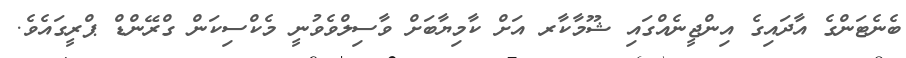
ބެނެޓަންގެ އާދައިގެ އިންޖީނެއްގައި ޝޫމާކާރ އަށް ކާމިޔާބަށް ވާސިލްވެވުނީ މެކްސިކަން ގްރޭންޑް ޕްރީގައެވެ.